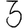
Digit: 3